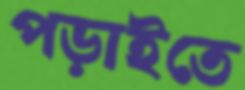
পড়াইতে